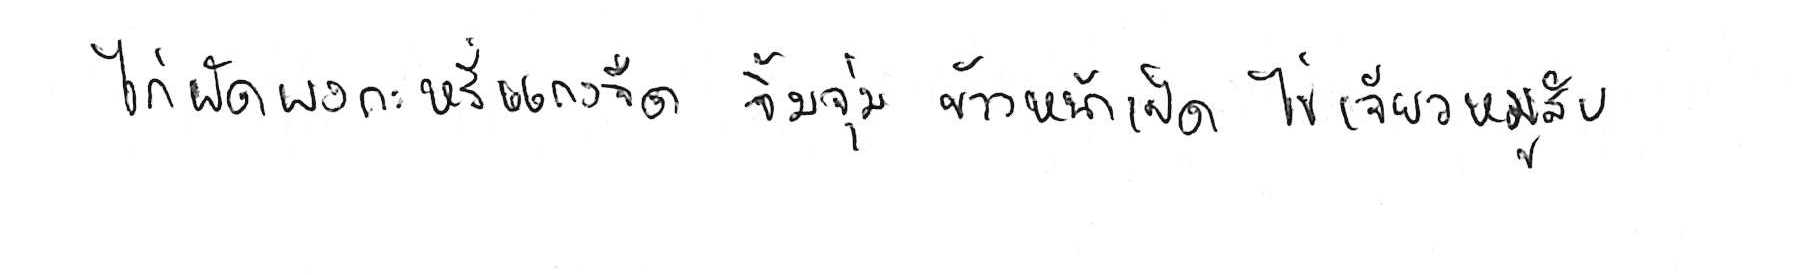
ไก่ผัดผงกะหรี่ แกงจืด จิ้มจุ่ม ข้าวหน้าเป็ด ไข่เจียวหมูสับ